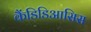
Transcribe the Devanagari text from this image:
कैंडिडिआसिस